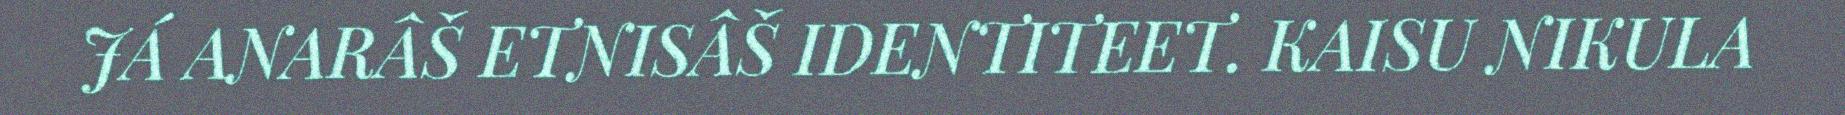
JÁ ANARÂŠ ETNISÂŠ IDENTITEET. KAISU NIKULA